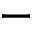
-